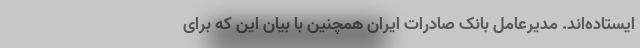
ایستاده‌اند. مدیرعامل بانک صادرات ایران همچنین با بیان این که برای